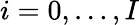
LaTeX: i=0,\dots,I